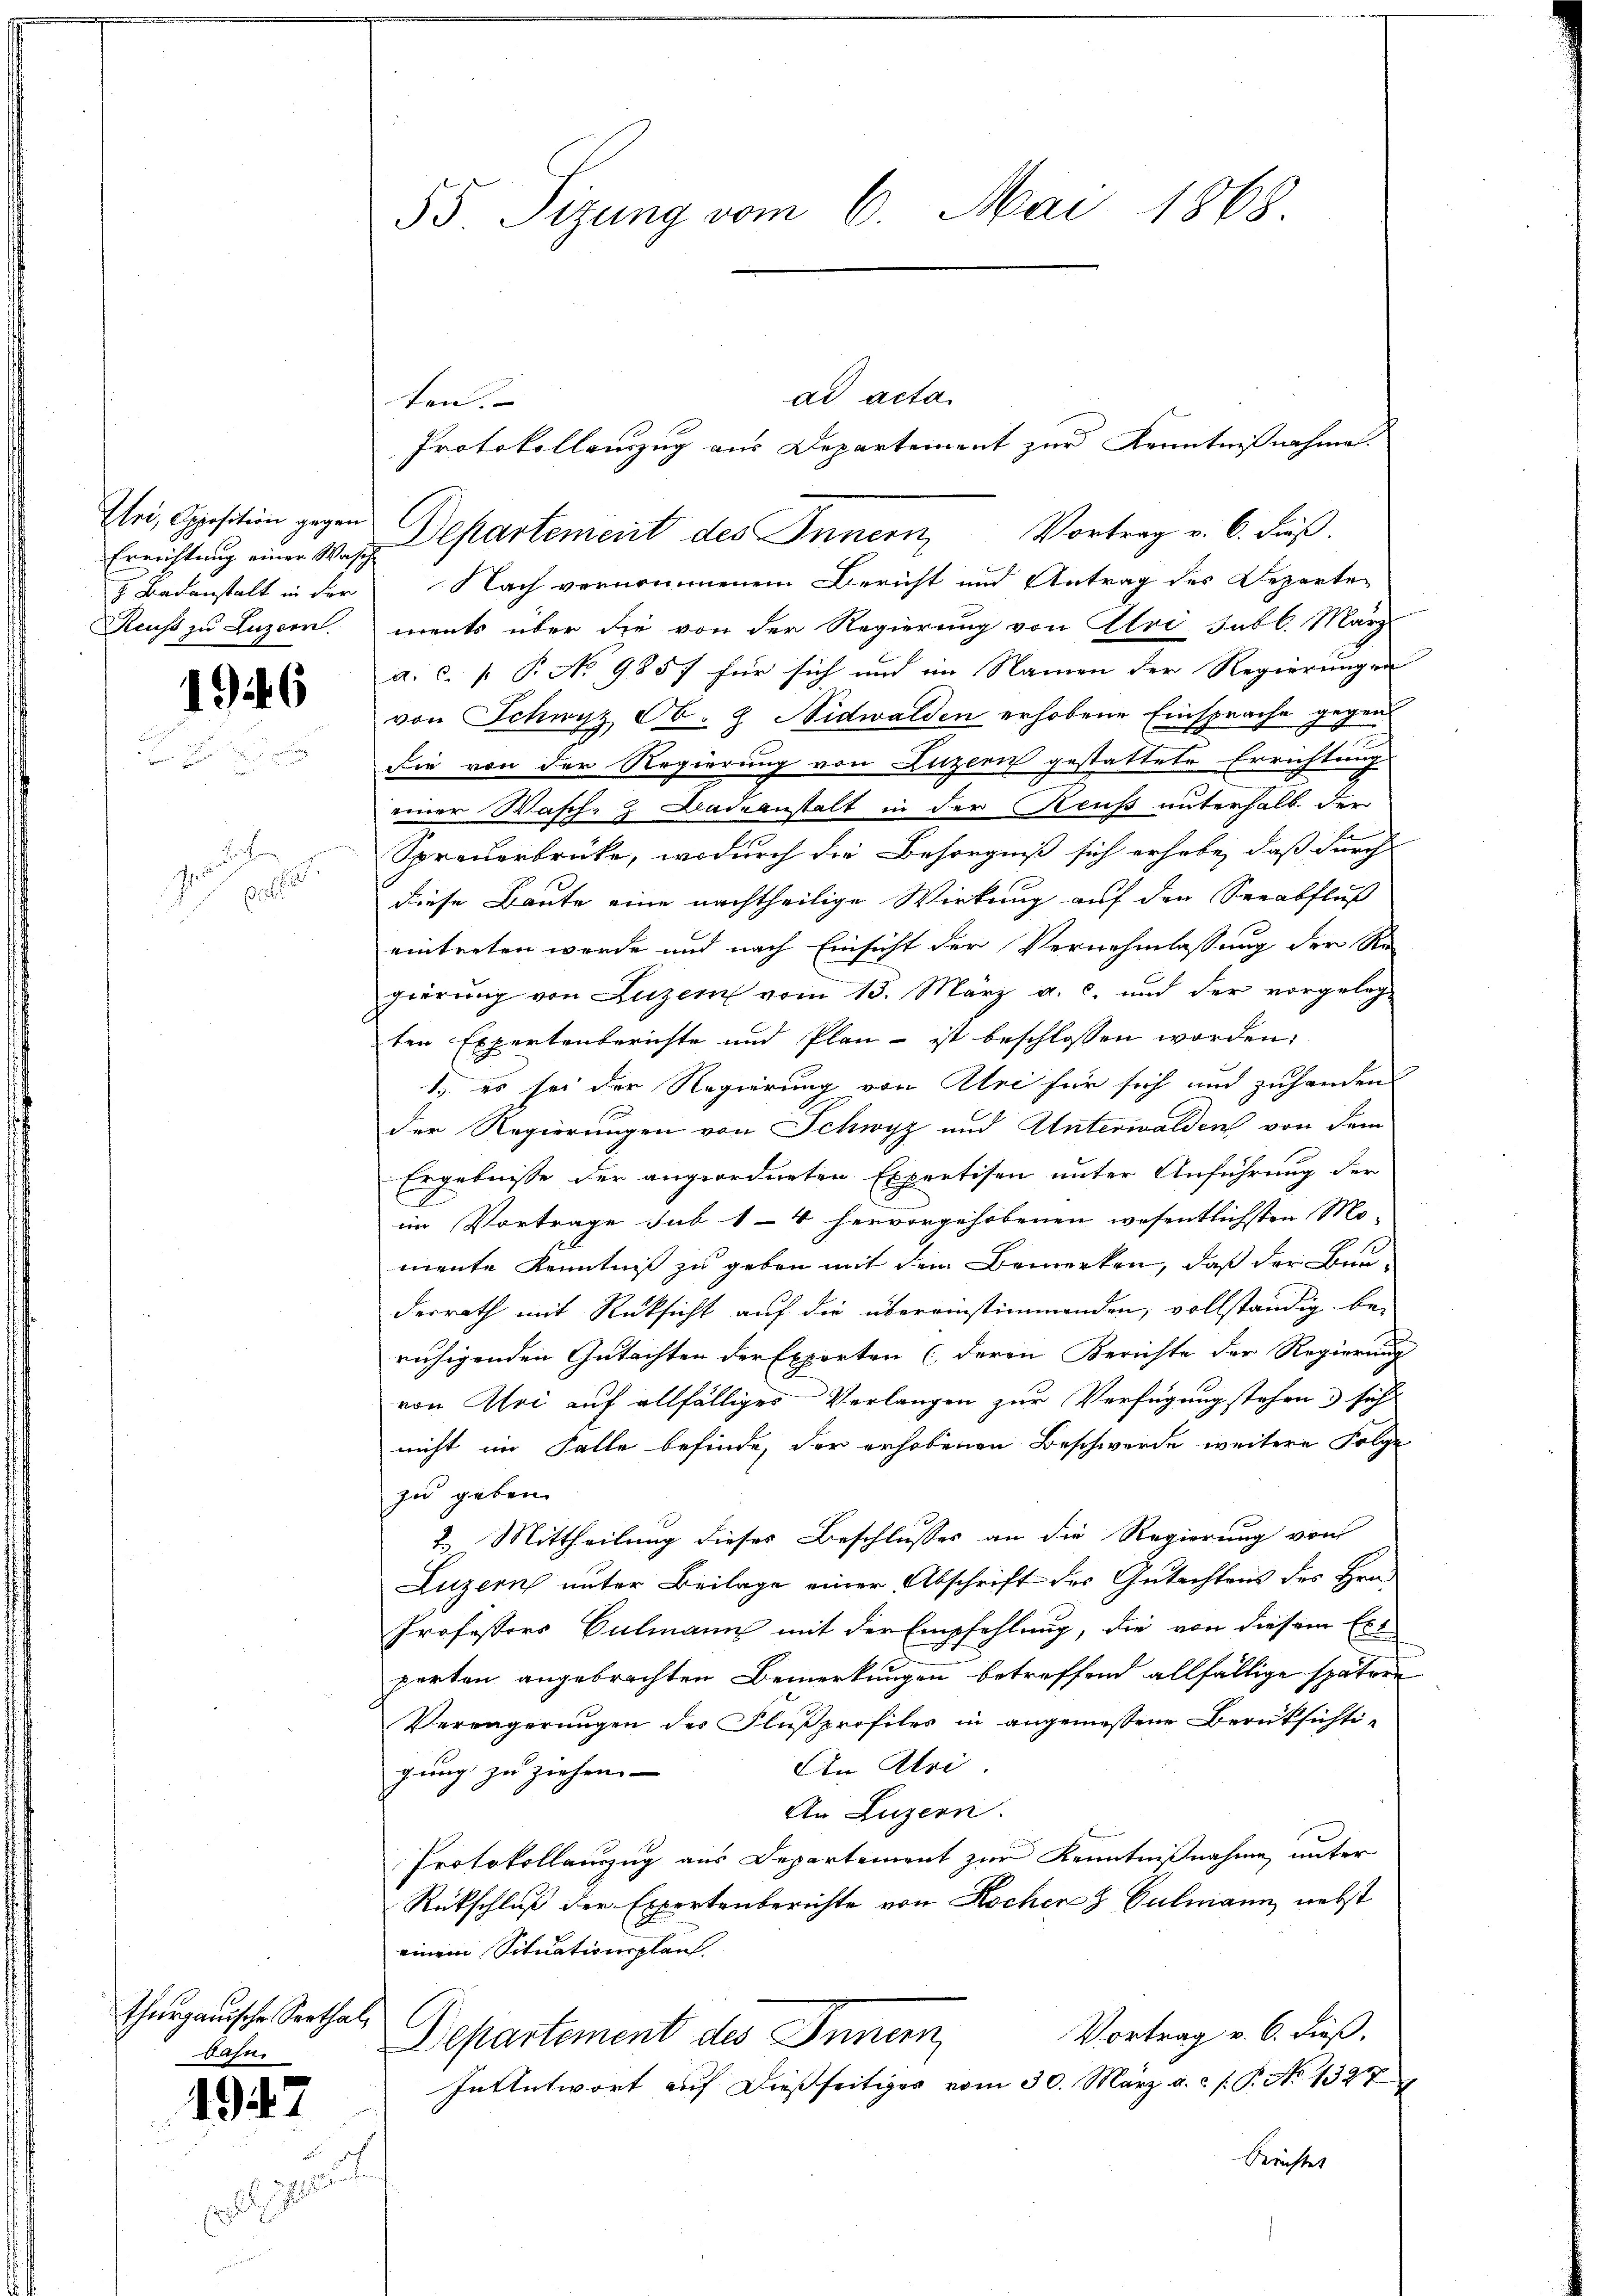
Errichtung einer Wasch
7. Badanstalt in der
Reuss zu Luzern

1946

gewählte

Thurgauische Seethal,
Fahn
1947
 geant

55. Sitzung vom 6. Mai 1868.

ad acta
ten.
Protokollauzug aus Departement zur Kenntnißnahme.
Esei, Opposition gegen Departement des Innern Vortrag v. 6. dieß.
Nach vernommenem Bericht und Antrag des Departe
ments über die von der Regierung von Ulri Jabl. März
a. c. p. P. No 9857 für sich und im Namen der Regierungen
von Schwyz Ob. & Nidwalden erhobene Einsprache gegen
die von der Regierung von Luzern gestattete Errichtung
einer Wasch- & Badeanstalt in der Reuß unterhalb der
Spreuerbrücke, wodurch die Besorgniß sich erhabe, daß durch
diese Baute eine nachtheilige Wirkung auf den Seeabfluß
eintreten werde und nach Einsicht der Vernehmlassung der Re-
gierung von Luzern vom 15. März a. c. und der vorgelegten Expertenberichte und Plan - ist beschlossen worden:
1. es sei der Regierung von Uri für sich und zuhanden
der Regierungen von Schwyz und Unterwalden von dem
Ergebnisse der angeordneten Expertisen unter Anführung der
im Vortrage sub 14 hervorgehobenen wesentlichsten Mo-
mente Kenntniß zu geben mit dem Bemerken, daß der Ben
derrath mit Rücksicht auf die übereinstimmenden, vollständig be-
ruhigenden Gutachten der Exporten (deren Berichte der Regierung
von Uri auf allfälliges Verlangen zur Verfügung stehen sich
nicht im Falle befinde, der erhobenen Beschwerde weitere Folge
zu geben.
2. Mittheilung dieses Beschlusses an die Regierung von
Luzern unter Beilage einer Abschrift des Gutachtens des Hrn.
Professors Culmann mit der Empfehlung, die von diesem Ext
porten angebrachten Bemerkungen betreffend allfällige spätere
Verengerungen der Flußprofiles in angemessene Berüksichti-
An Abri
gung zu ziehen.
An Luzern.
Protokollauszug aus Departement zur Kenntnißnahme unter
Rückschluß der Expertenberichte von Kochen 8 Culmann, nebst
einem Situationsplant.
C
Vortrag v. 6. dieß.
Departement des Innern,
In Antwort auf dießseitiges vom 30. März a. c. f. P. No 1327
Krichtes